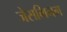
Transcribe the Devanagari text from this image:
जेसमिनम